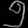
Digit: ၅